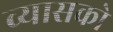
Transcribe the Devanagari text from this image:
व्यासको